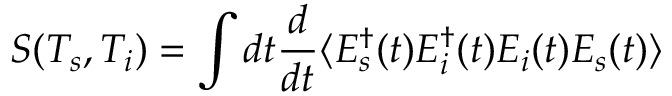
S ( T _ { s } , T _ { i } ) = \int d t \frac { d } { d t } \langle E _ { s } ^ { \dagger } ( t ) E _ { i } ^ { \dagger } ( t ) E _ { i } ( t ) E _ { s } ( t ) \rangle